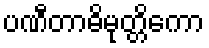
ပဏီတာဓိမုတ္တိကော